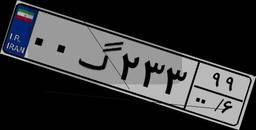
۵۳گ۳۶۸۷۵